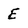
Character: E